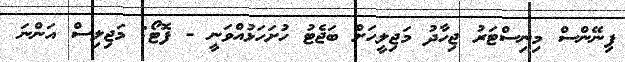
ފިނޭންސް މިނިސްޓަރު ޖިހާދު މަޖިލީހަށް ބަޖެޓު ހުށަހަޅުއްވަނީ - ފޮޓޯ: މަޖިލިސް އަންނަ